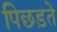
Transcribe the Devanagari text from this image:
पिछड़ते